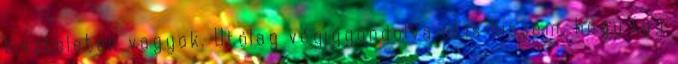
tiszteleten vagyok. Utólag végiggondolva el is hiszem, hogy így